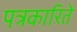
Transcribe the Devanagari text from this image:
पत्रकारिते